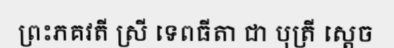
ព្រះភគវតី ស្រី ទេពធីតា ជា បុត្រី ស្តេច